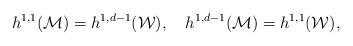
LaTeX: \begin{align*}h^{1,1}({\cal M})=h^{1,d-1}({\cal W}), \quad h^{1,d-1}({\cal M})=h^{1,1}({\cal W}),\end{align*}